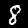
Digit: 8